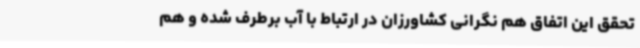
تحقق این اتفاق هم نگرانی کشاورزان در ارتباط با آب برطرف شده و هم